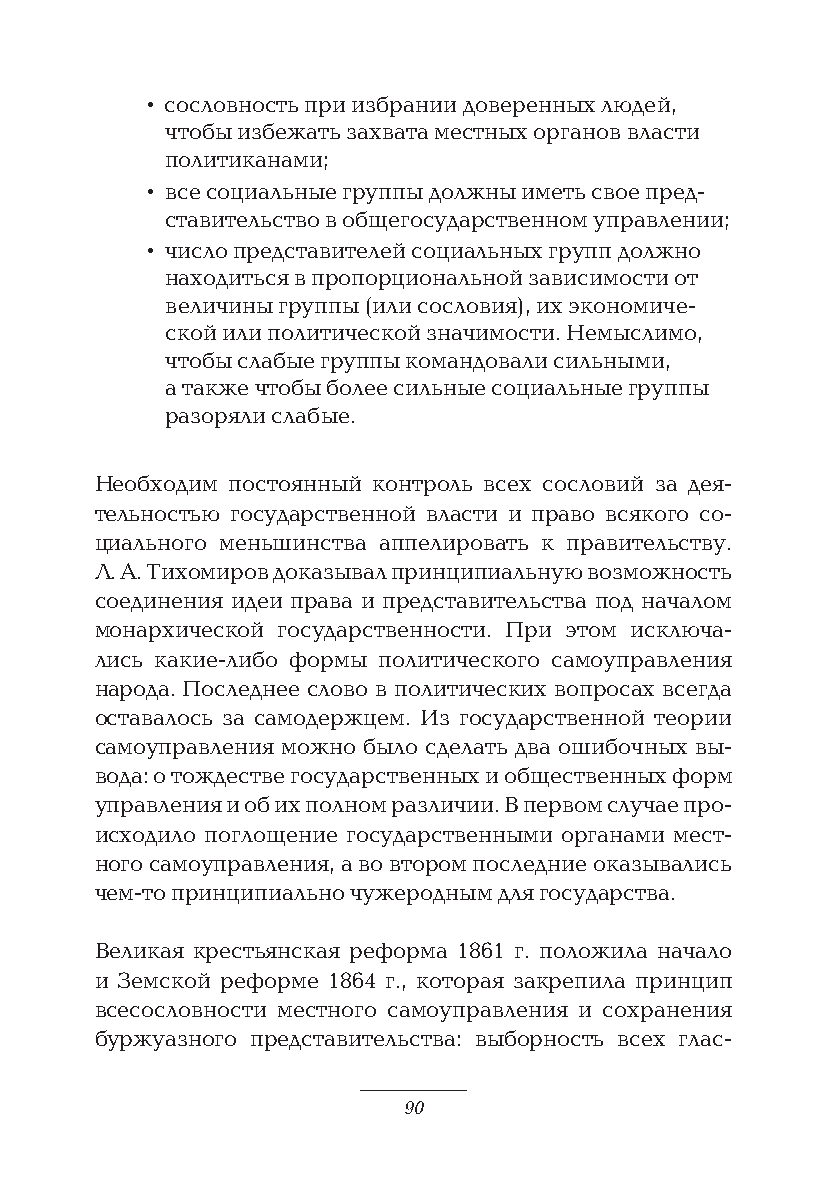
• сословность при избрании доверенных людей,
 чтобы избежать захвата местных органов власти
 политиканами;
 • все социальные группы должны иметь свое пред-
 ставительство в общегосударственном управлении;
 • число представителей социальных групп должно
 находиться в пропорциональной зависимости от
 величины группы (или сословия), их экономиче-
 ской или политической значимости. Немыслимо,
 чтобы слабые группы командовали сильными,
 а также чтобы более сильные социальные группы
 разоряли слабые.
 Необходим постоянный контроль всех сословий за дея-
 тельностью государственной власти и право всякого со-
 циального меньшинства аппелировать к правительству.
 Л. А. Тихомиров доказывал принципиальную возможность
 соединения идеи права и представительства под началом
 монархической государственности. При этом исключа-
 лись какие-либо формы политического самоуправления
 народа. Последнее слово в политических вопросах всегда
 оставалось за самодержцем. Из государственной теории
 самоуправления можно было сделать два ошибочных вы-
 вода: о тождестве государственных и общественных форм
 управления и об их полном различии. В первом случае про-
 исходило поглощение государственными органами мест-
 ного самоуправления, а во втором последние оказывались
 чем-то принципиально чужеродным для государства.
 Великая крестьянская реформа 1861 г. положила начало
 и Земской реформе 1864 г., которая закрепила принцип
 всесословности местного самоуправления и сохранения
 буржуазного представительства: выборность всех глас-
 90